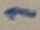
Text: 1